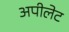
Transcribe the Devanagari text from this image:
अपीलेट